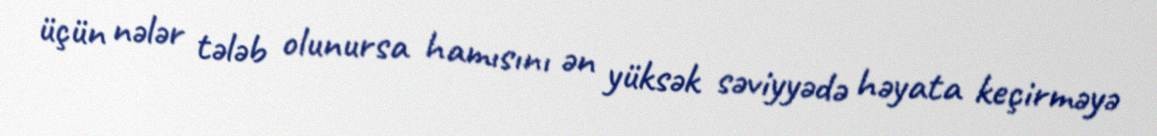
üçün nələr tələb olunursa hamısını ən yüksək səviyyədə həyata keçirməyə